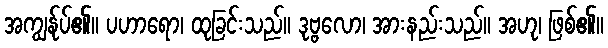
အကျွန်ုပ်၏။ ပဟာရော၊ ထုခြင်းသည်။ ဒုဗ္ဗလော၊ အားနည်းသည်။ အဟု၊ ဖြစ်၏။